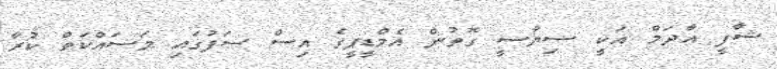
ޝާފީ އާދަމް އަކީ ސިޔާސީ ގޮތުން އެމްޑީޕީގެ އިސް ސަފުގައި މަސައްކަތް ކުރާ